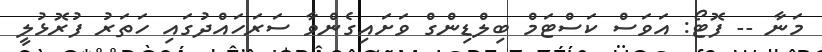
މަނާ -- ފޮޓޯ: އަވަސް ކަސްޓަމް ބިލްޑިންގް ވަށައިގެންވާ ސަރަހައްދުގައި ހަތަރު ފުރޮޅުލީ